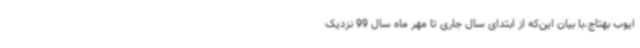
ایوب بهتاج،با بیان این‌که از ابتدای سال جاری تا مهر ماه سال 99 نزدیک